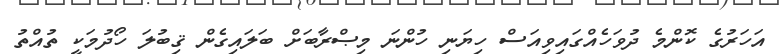
އަހަރުގެ ކޮންމެ ދުވަހެއްގައިވިއަސް ހިޔަނި ހުންނަ މިޞްރާބަށް ބަލައިގެން ޤިބުލަ ހޯދުމަކީ ތުއްތު